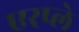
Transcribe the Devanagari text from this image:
एरप्ले